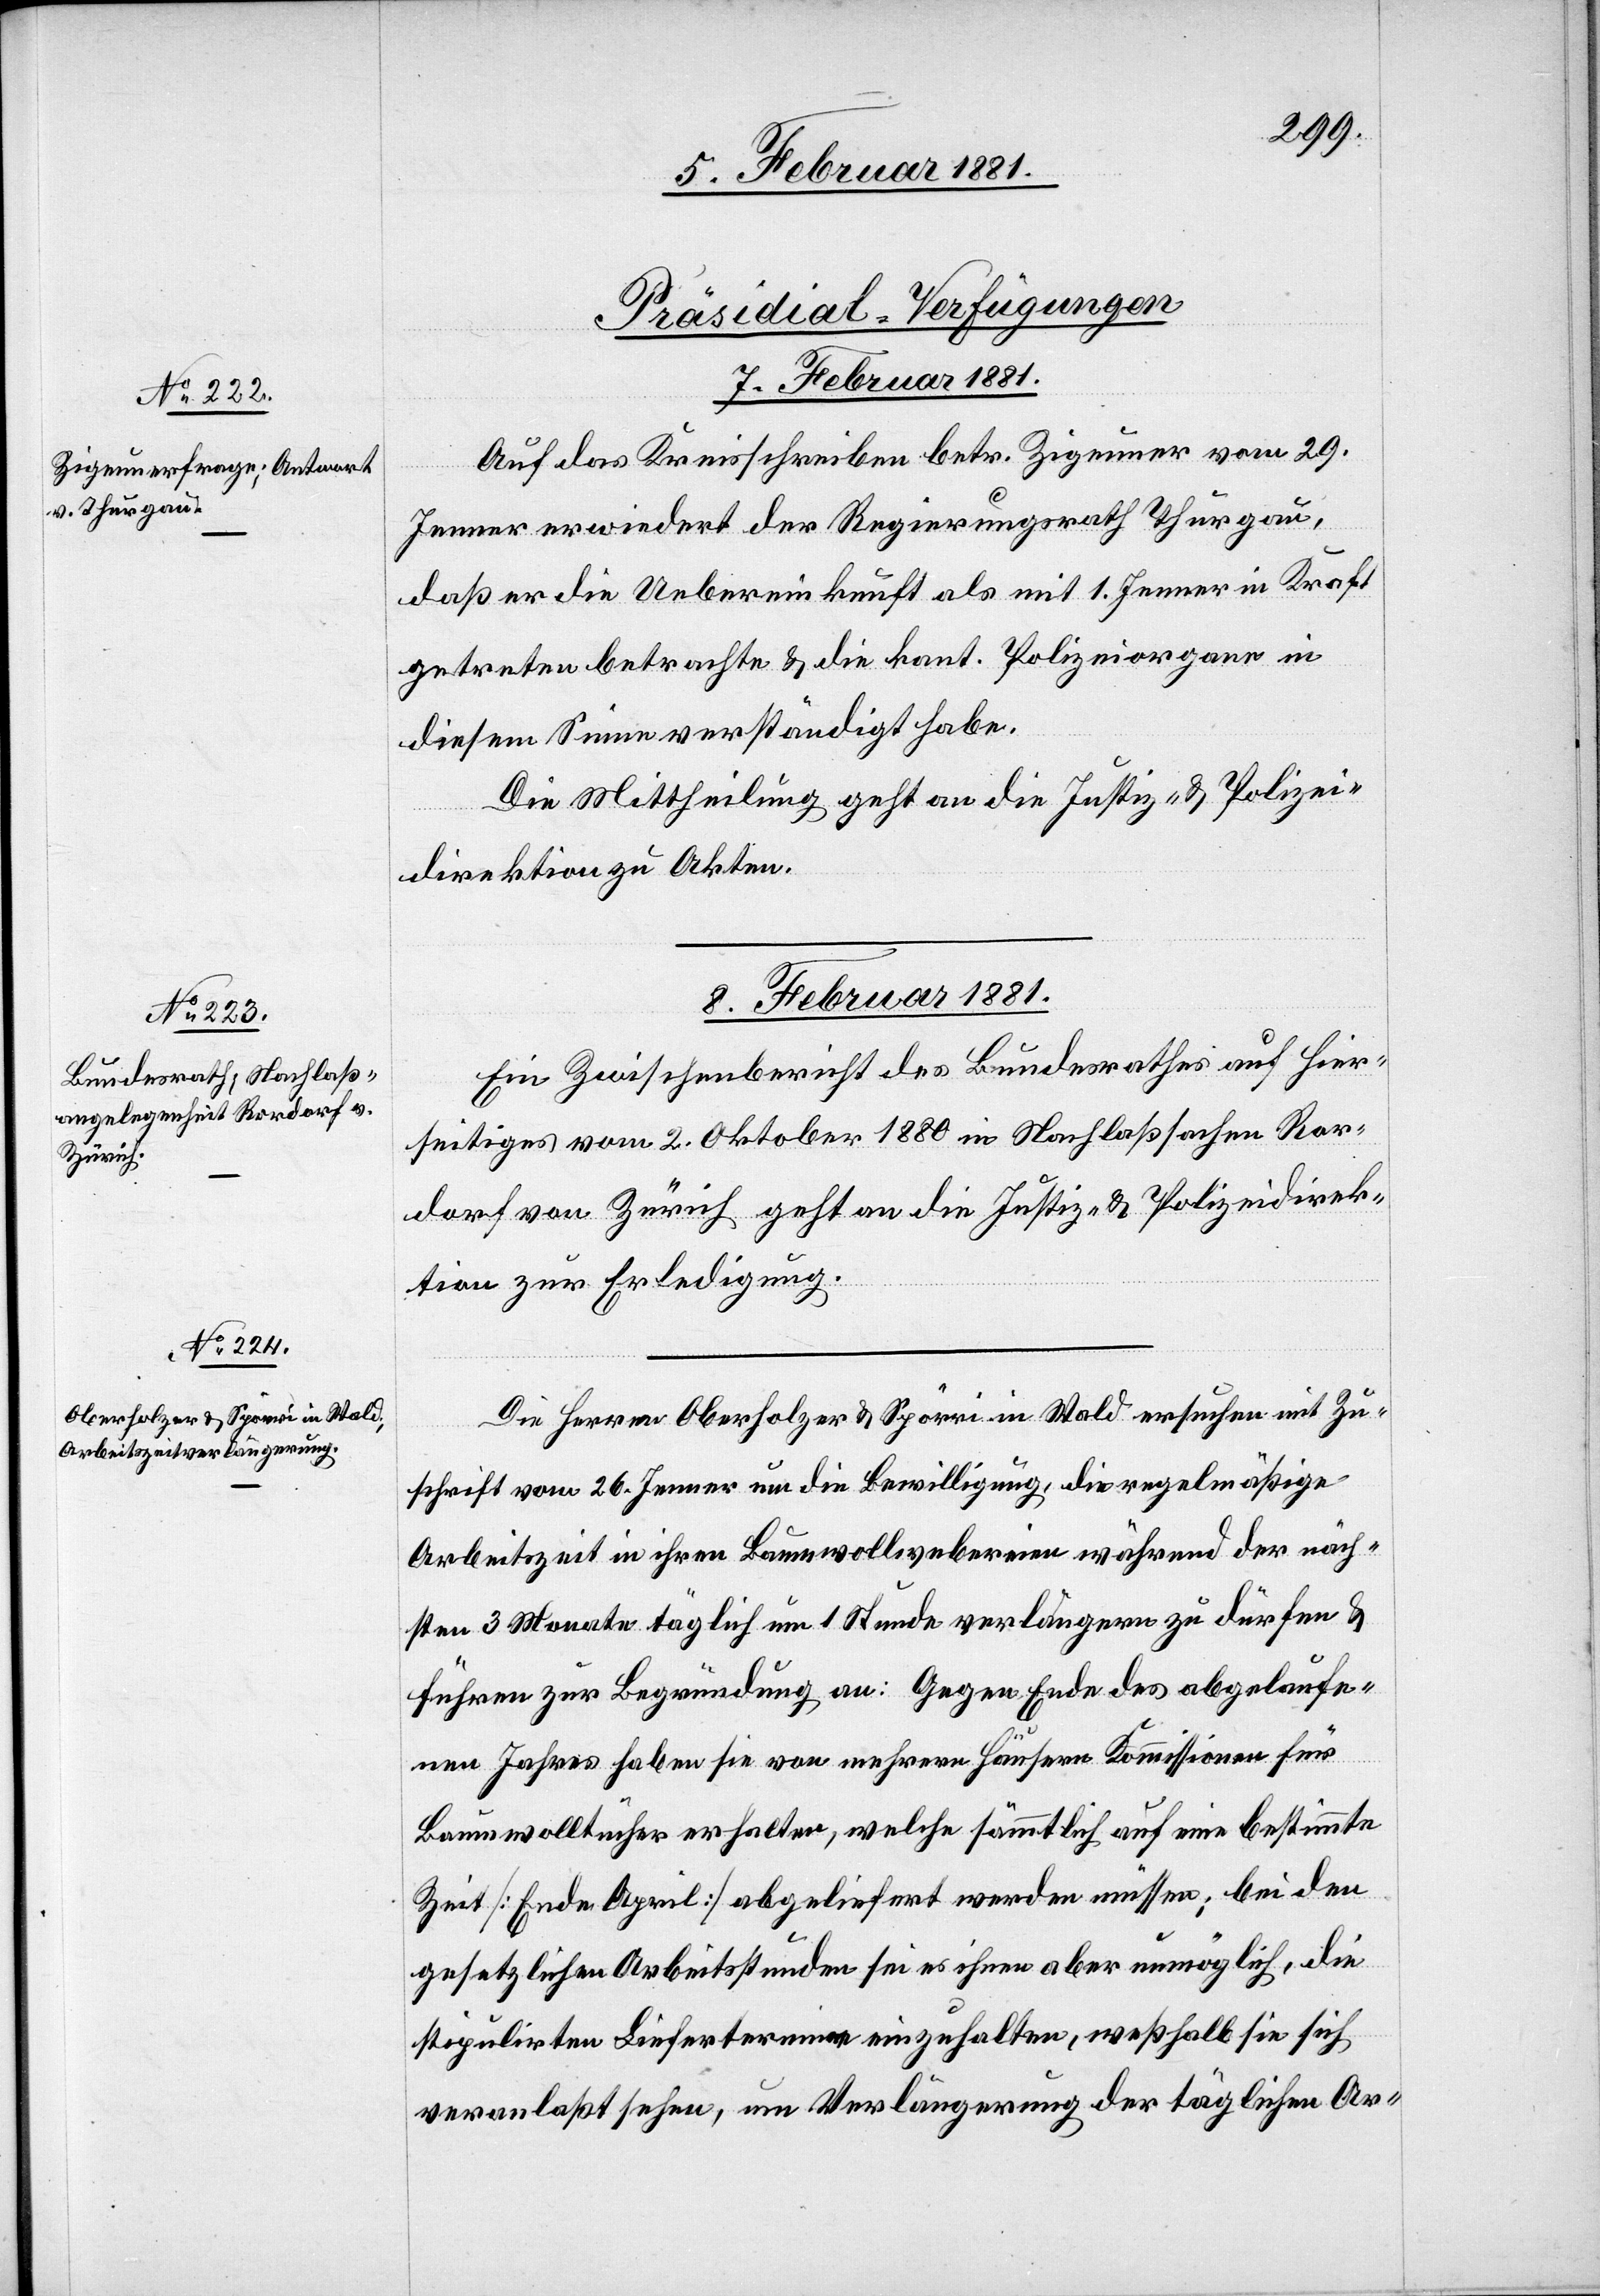
[Präsidial-Verfügungen
8. Februar 1881.]
Auf das Kreisschreiben betr. Zigeuner vom 29.
Jenner erwiedert der Regierungsrath Thurgau,
daß er die Uebereinkunft als mit 1. Jenner in Kraft
getreten betrachte & die kant. Polizeiorgane in
diesem Sinne verständigt habe.
Die Mittheilung geht an die Justiz- und Polizei¬
direktion zu Akten.
8. Februar 1881.
Ein Zwischenbericht des Bundesrathes auf hier¬
seitiges vom 2. Oktober 1880 in Nachlaßsachen Ror¬
dorf von Zürich geht an die Justiz- & Polizeidirek¬
tion zu Erledigung.
Die Herren Oberholzer & Spörri in Wald ersuchen mit Zu¬
schrift vom 26. Jenner um die Bewilligung, die regelmäßige
Arbeitszeit in ihren Baumwollwebereien während der näch¬
sten 3 Monate täglich um 1 Stunde verlängern zu dürfen &
führen zur Begründung an: Gegen Ende des abgelaufe¬
nen Jahres haben sie von mehreren Häusern Kommissionen für
Baumwolltücher erhalten, welche sämmtlich auf eine bestimmte
Zeit [Ende April] abgeliefert werden müssen; bei den
gesetzlichen Arbeitsstunden sei es ihnen aber unmöglich, die
stipulirten Liefertermine einzuhalten, weßhalb sie sich
veranlaßt sehen, um Verlängerung der täglichen Ar-